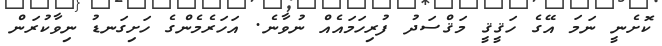
ކޮށެނީ ނަމަ އޭގެ ހަޤީޤީ މަޤްސަދު ފުރިހަމައެއް ނުވާނެ. އަހަރެމެންގެ ހަށިގަނޑު ނިވާކުރަން